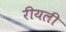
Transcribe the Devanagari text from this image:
रीयली